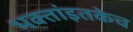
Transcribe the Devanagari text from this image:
भक्तांइतकेच